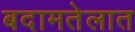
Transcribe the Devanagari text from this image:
बदामतेलात